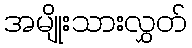
အမျိုးသားလွှတ်